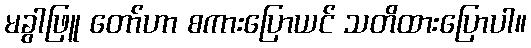
မခွါဖြူ တော်ဟာ စကားပြောယင် သတိထားပြောပါ။